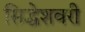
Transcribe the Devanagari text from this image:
सिद्धेशवरी